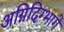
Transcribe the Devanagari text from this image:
अग्निदिग्भागे